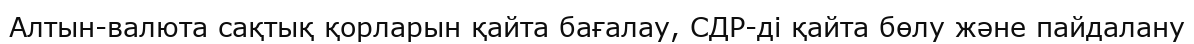
Алтын-валюта сақтық қорларын қайта бағалау, СДР-ді қайта бөлу және пайдалану